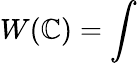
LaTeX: W(\mathbb{C})=\int